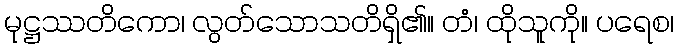
မုဋ္ဌဿတိကော၊ လွတ်သောသတိရှိ၏။ တံ၊ ထိုသူကို။ ပရေစ၊